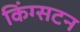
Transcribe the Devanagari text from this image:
किंग्‍सटन